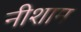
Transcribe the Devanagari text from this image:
नीशाम